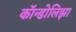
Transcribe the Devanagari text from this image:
कॉन्डोलिझा